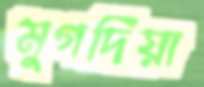
মুগদিয়া